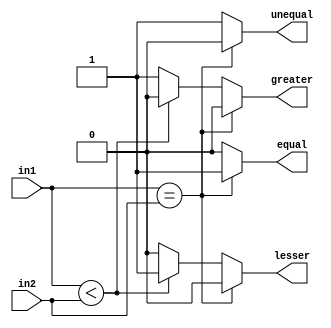
module CMP32 #(parameter SIZE = 32) (input [SIZE-1:0] in1, in2, 
    output reg equal, unequal, greater, lesser);
always @ (in1 or in2) begin
    if(in1 == in2) begin
	    equal = 1;
		unequal = 0;
		greater = 0;
		lesser = 0;
	end	
	else begin
	    equal = 0;
		unequal = 1;
	    if(in1 < in2) begin
		    greater = 0;
		    lesser = 1;
	    end	
	    else begin
		    greater = 1;
		    lesser = 0;
	    end	
	end	
end
endmodule